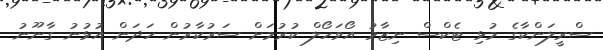
ސްރީލަންކާގެ މުޅި ޓެކްސް ނިޒާމު އޯވަހޯލް ކުރުމަށް ސަރުކާރުން ހަދަން އުޅުނު ގާނޫނު